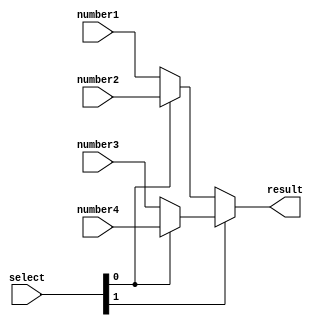
/***********************************************
Module Name:   selector_2bits
Feature:       Slector with 2 bits select (4 conditions)
Coder:         Garfield
Organization:  XXXX Group, Department of Architecture
------------------------------------------------------
Input ports:   Number1,Number2, Number3, Number4 8 bits, operents
               Select, 2 bits, select_flag
Output Ports:  Result, 8 bits, 
               when select = 2'b00: Number1
					     when select = 2'b01: Number2
					     when select = 2'b10: Number3
					     when select = 2'b11: Number4
------------------------------------------------------
History:
12-14-2015: First Version by Garfield
12-14-2015: First verified by Selector_2bits_test
***********************************************/

module selector_2bits
  ( 
    input[7:0] number1, number2, number3, number4,
	 input[1:0] select,
    output[7:0] result 
  );
  
//Load other module(s)

//Definition for Variables in the module

//Logical
assign result = (select[1]) ? ( (select[0]) ? number4 : number3 )
                     : ( (select[0]) ? number2 : number1 );

endmodule